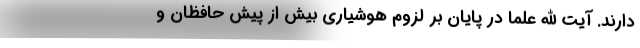
دارند. آیت الله علما در پایان بر لزوم هوشیاری بیش از پیش حافظان و